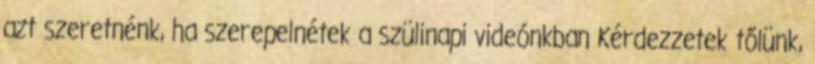
azt szeretnénk, ha szerepelnétek a szülinapi videónkban Kérdezzetek tőlünk,